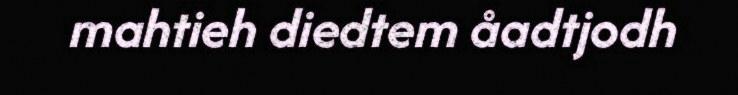
mahtieh diedtem åadtjodh